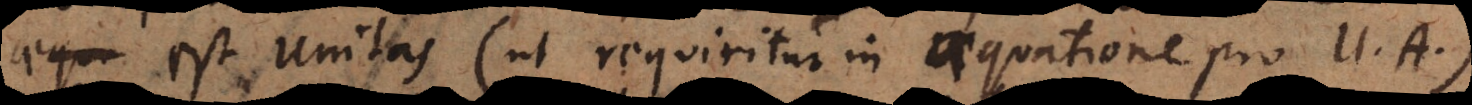
as (ut requiritur in aequatione pro U. A.)